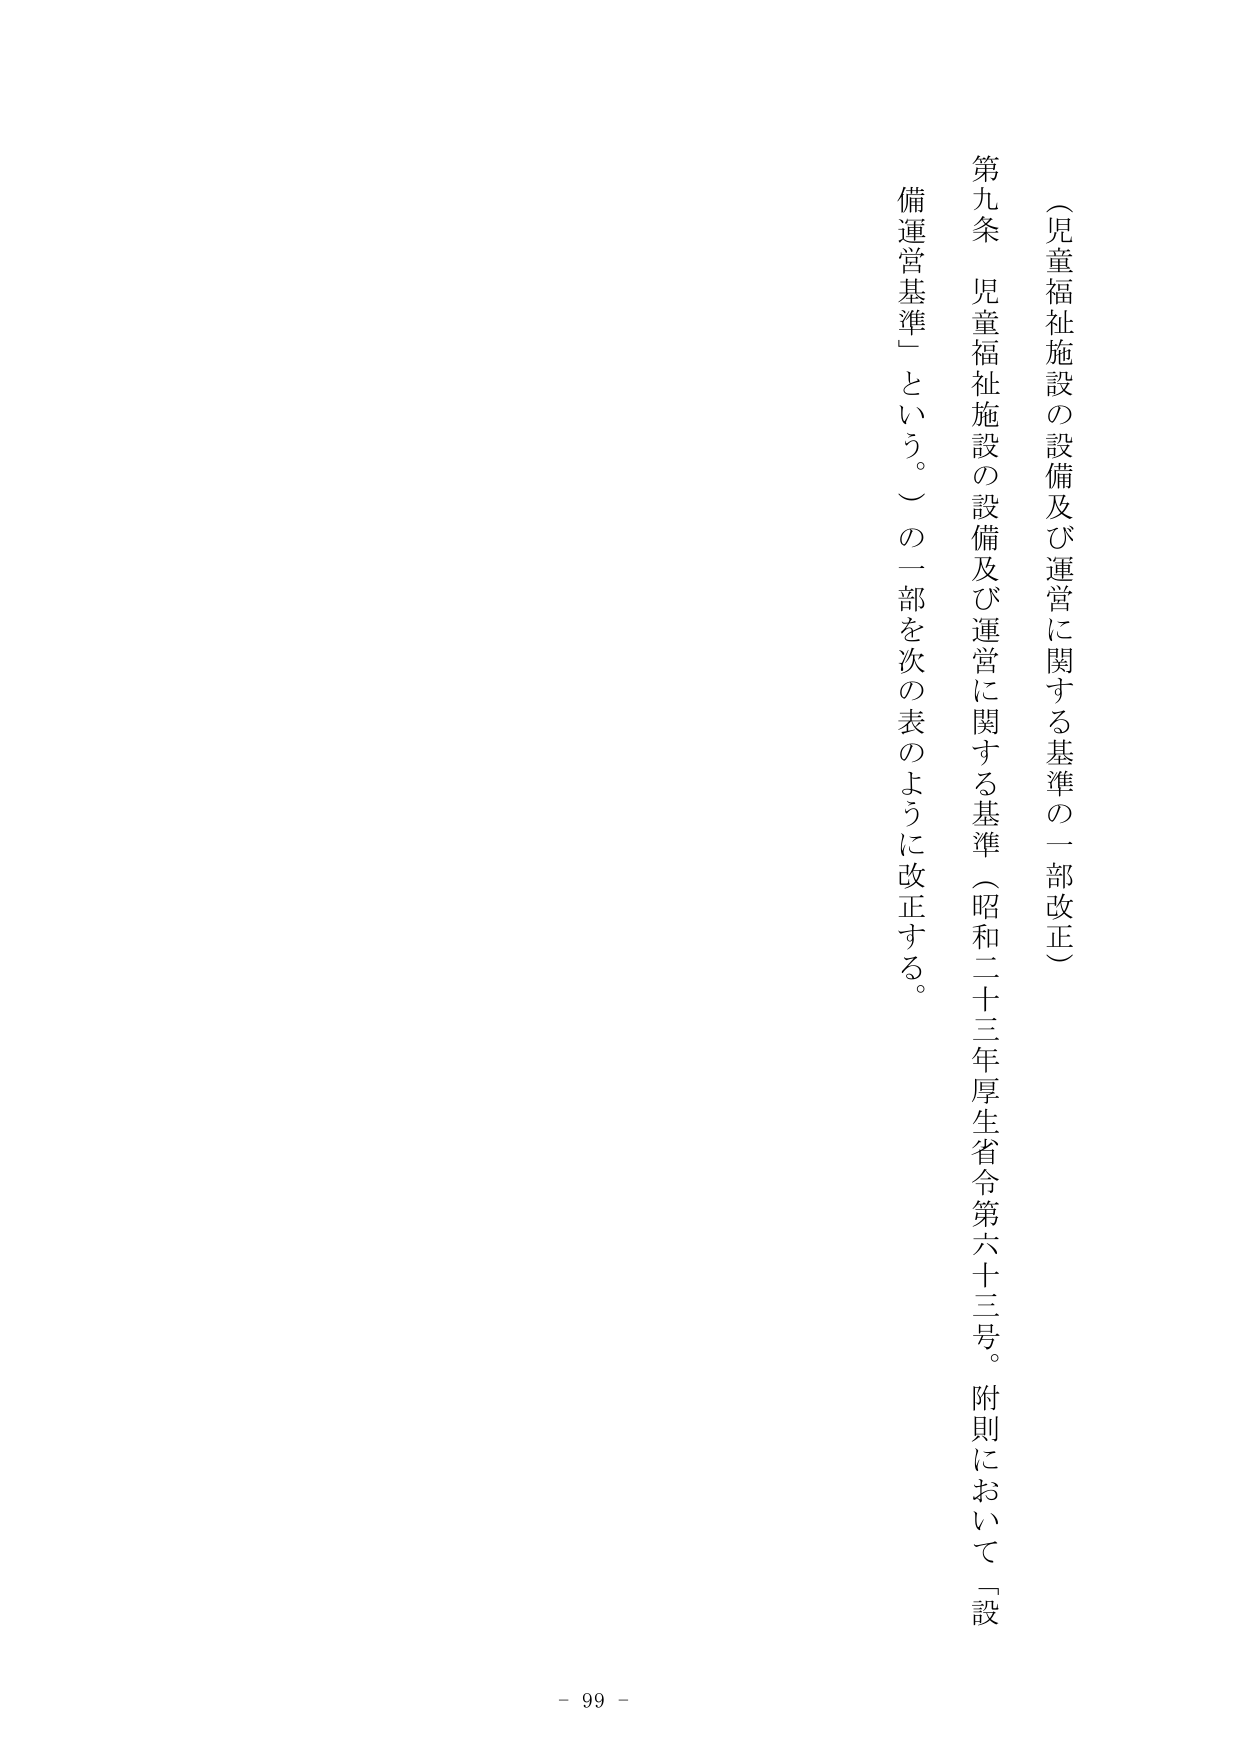
（児童福祉施設の設備及び運営に関する基準の一部改正）

第九条 児童福祉施設の設備及び運営に関する基準（昭和二十三年厚生省令第六十三号。附則において「設備運営基準」という。）の一部を次の表のように改正する。

- 99 -